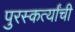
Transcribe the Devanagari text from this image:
पुरस्कर्त्यांची